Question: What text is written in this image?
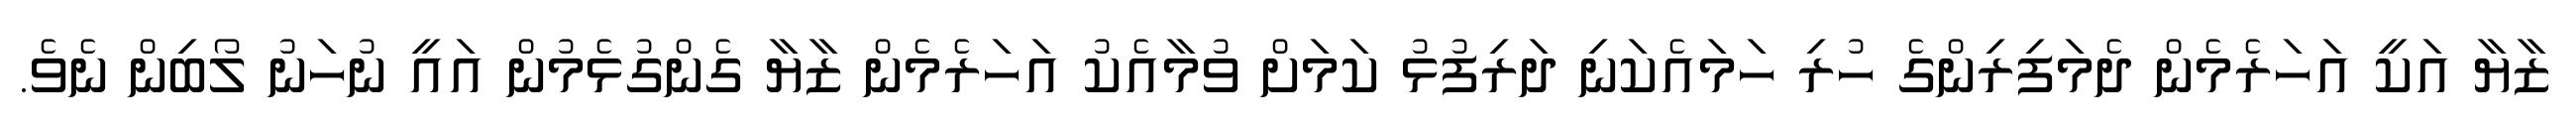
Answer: ޒާޔާ އަކީ އަހަރެމެން ދެމަފިރިންގެ ހުރި ހަމައެކަނި ދަރިފުޅު ކަމަށް ވުމާއެކު އަހަރެމެން ޒާޔާ ގެންގުޅެމުން އައީ ނުހަނު ލޯބިން ނެވެ.